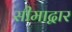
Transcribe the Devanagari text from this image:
सीमाद्वार